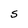
Character: S